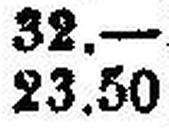
23.50